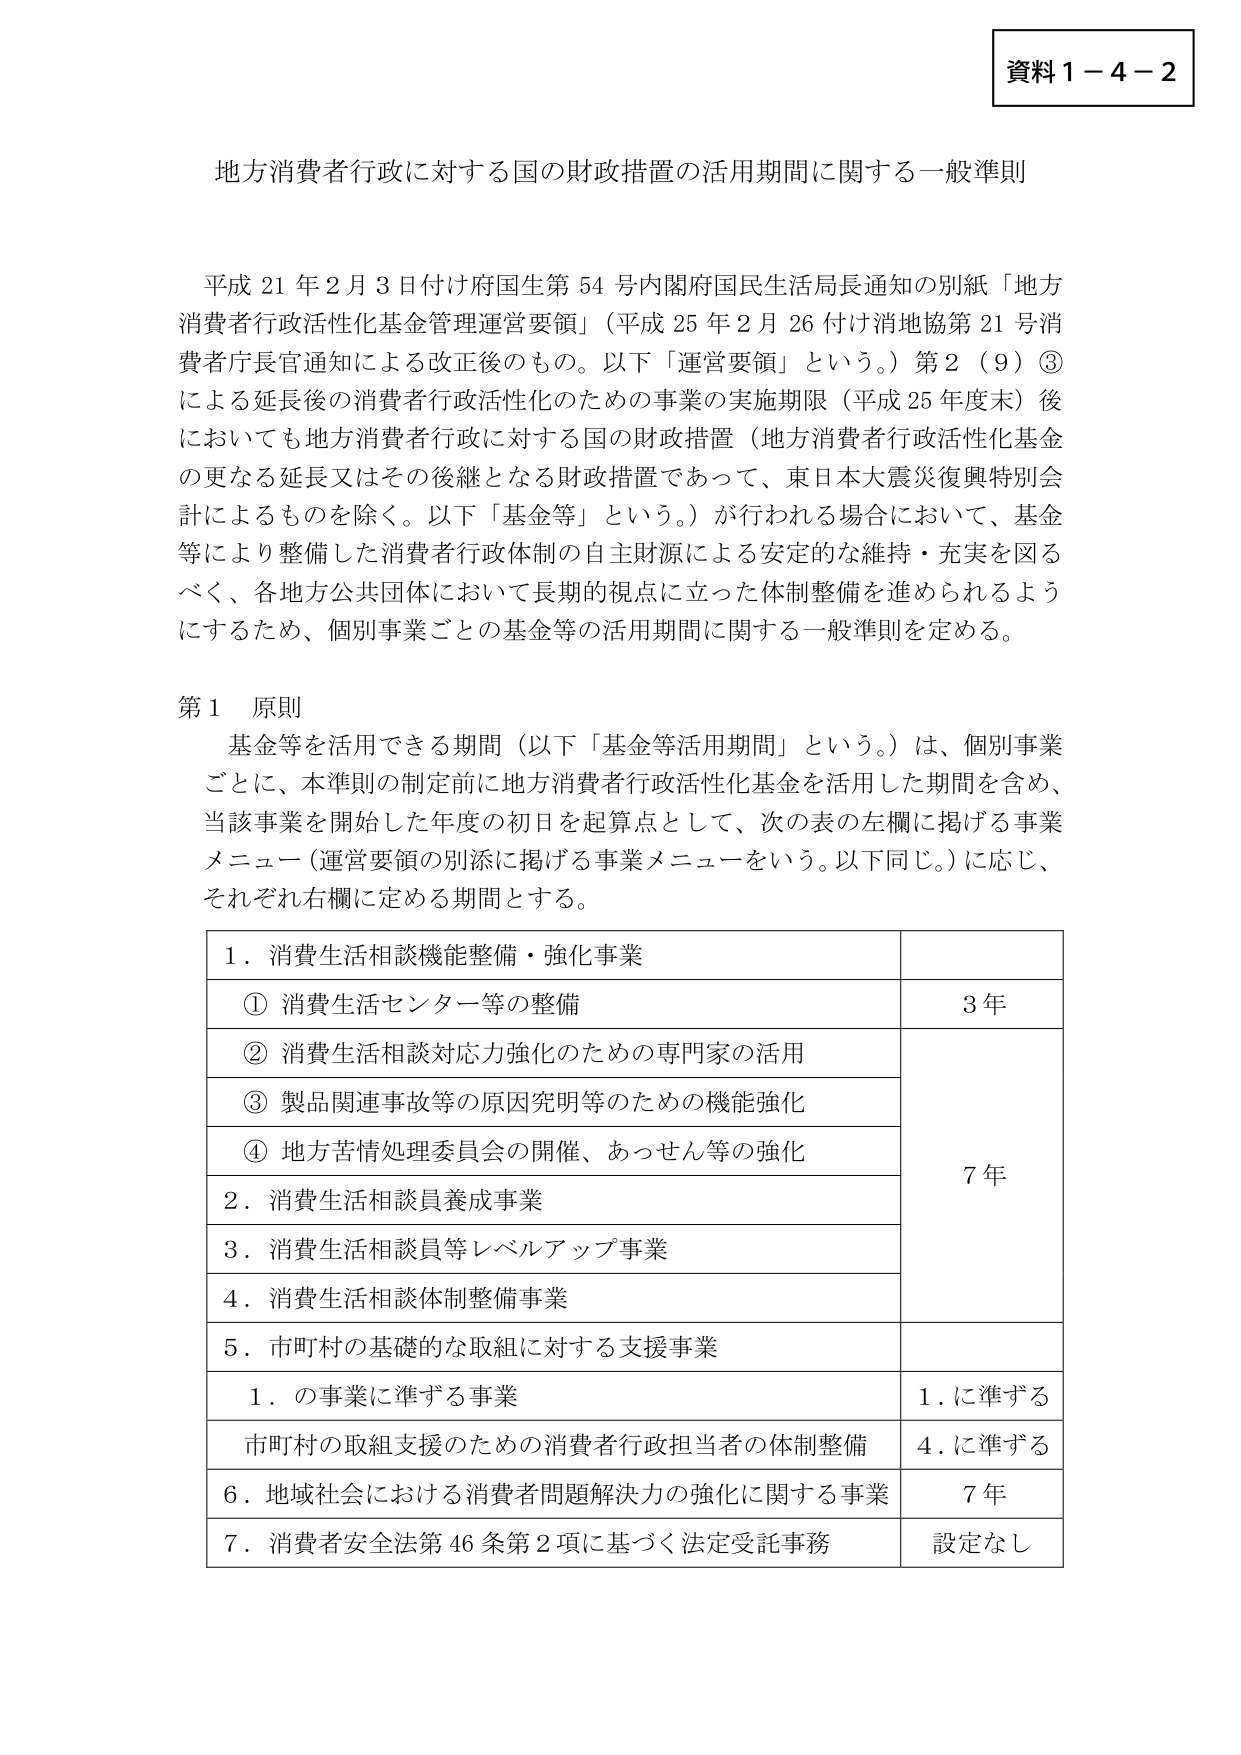
資料１－４－２

地方消費者行政に対する国の財政措置の活用期間に関する一般準則

平成21年2月3日付け府国生第54号内閣府国民生活局長通知の別紙「地方消費者行政活性化基金管理運営要領」（平成25年2月26付け消地協第21号消費者庁長官通知による改正後のもの。以下「運営要領」という。）第2（9）③による延長後の消費者行政活性化のための事業の実施期限（平成25年度末）後においても地方消費者行政に対する国の財政措置（地方消費者行政活性化基金の更なる延長又はその後継となる財政措置であって、東日本大震災復興特別会計によるものを除く。以下「基金等」という。）が行われる場合において、基金等により整備した消費者行政体制の自主財源による安定的な維持・充実を図るべく、各地方公共団体において長期的視点に立った体制整備を進められるようにするため、個別事業ごとの基金等の活用期間に関する一般準則を定める。

第1 原則
基金等を活用できる期間（以下「基金等活用期間」という。）は、個別事業ごとに、本準則の制定前に地方消費者行政活性化基金を活用した期間を含め、当該事業を開始した年度の初日を起算点として、次の表の左欄に掲げる事業メニュー（運営要領の別添に掲げる事業メニューをいう。以下同じ。）に応じ、それぞれ右欄に定める期間とする。

1．消費生活相談機能整備・強化事業
　① 消費生活センター等の整備　　　　　　　　　　　　　　　　　　　3年
　② 消費生活相談対応力強化のための専門家の活用
　③ 製品関連事故等の原因究明等のための機能強化
　④ 地方苦情処理委員会の開催、あっせん等の強化　　　　　　　　　7年
2．消費生活相談員養成事業
3．消費生活相談員等レベルアップ事業
4．消費生活相談体制整備事業
5．市町村の基礎的な取組に対する支援事業
　　1．の事業に準ずる事業　　　　　　　　　　　　　　　　　　　　1．に準ずる
　　市町村の取組支援のための消費者行政担当者の体制整備　　　　　　4．に準ずる
6．地域社会における消費者問題解決力の強化に関する事業　　　　　7年
7．消費者安全法第46条第2項に基づく法定受託事務　　　　　　　　設定なし